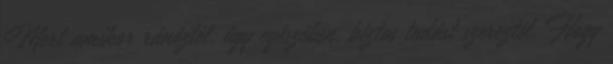
Mert amikor ránéztél, úgy egészében, biztos tudást szereztél. Hogy